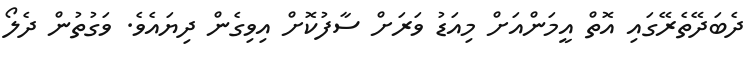
ދެބަދޭތެރޭގައި އޮތް އީމަންއަށް މިއަޑު ވަރަށް ސާފުކޮށް އިވިގެން ދިޔައެވެ. ވަގުތުން ދެލޯ